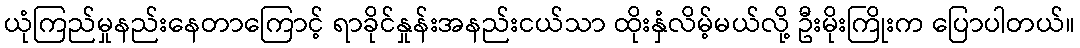
ယုံကြည်မှုနည်းနေတာကြောင့် ရာခိုင်နှုန်းအနည်းငယ်သာ ထိုးနှံလိမ့်မယ်လို့ ဦးမိုးကြိုးက ပြောပါတယ်။